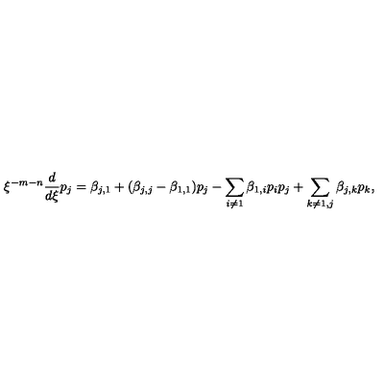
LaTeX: \xi ^ { - m - n } \frac { d } { d \xi } p _ { j } = \beta _ { j , 1 } + ( \beta _ { j , j } - \beta _ { 1 , 1 } ) p _ { j } - \sum _ { i \ne 1 } \beta _ { 1 , i } p _ { i } p _ { j } + \sum _ { k \ne 1 , j } \beta _ { j , k } p _ { k } ,